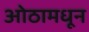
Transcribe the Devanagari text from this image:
ओठामधून